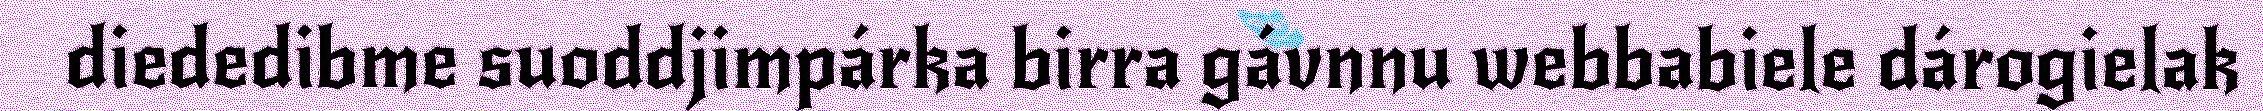
diededibme suoddjimpárka birra gávnnu webbabiele dárogielak